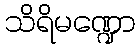
သိရိမဏ္ဍော